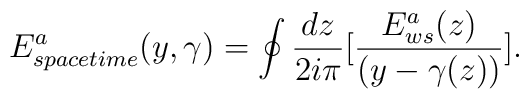
E_{space time}^a(y,\gamma)= \oint  {dz\over 2i\pi}\lbrack{{E_{ws}^{a}(z)}\over{(y-\gamma(z))}}\rbrack.